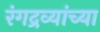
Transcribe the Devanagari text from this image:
रंगद्रव्यांच्या